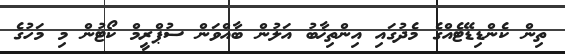
ތިން ކެންޑިޑޭޓެއްގެ މެދުގައި އިންތިޚާބު އަލުން ބާއްވަން ސުޕްރީމް ކޯޓުން މި މަހުގެ